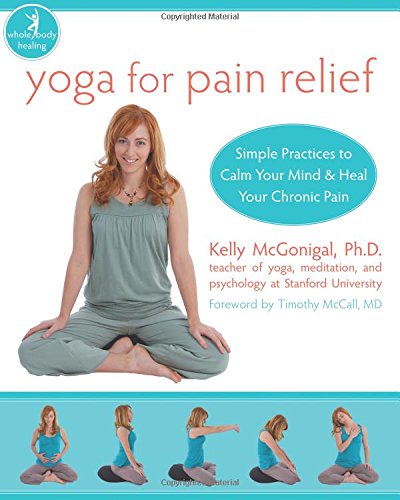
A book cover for Yoga for Pain Relief: Simple Practices to Calm Your Mind and Heal Your Chronic Pain (The New Harbinger Whole-Body Healing Series); Kelly McGonigal; Health, Fitness & Dieting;